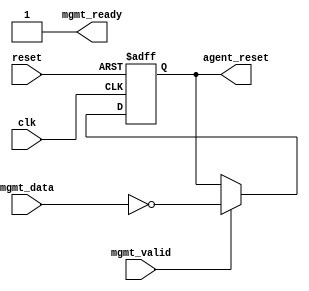
// (C) 2001-2018 Intel Corporation. All rights reserved.
// Your use of Intel Corporation's design tools, logic functions and other 
// software and tools, and its AMPP partner logic functions, and any output 
// files from any of the foregoing (including device programming or simulation 
// files), and any associated documentation or information are expressly subject 
// to the terms and conditions of the Intel Program License Subscription 
// Agreement, Intel FPGA IP License Agreement, or other applicable 
// license agreement, including, without limitation, that your use is for the 
// sole purpose of programming logic devices manufactured by Intel and sold by 
// Intel or its authorized distributors.  Please refer to the applicable 
// agreement for further details.


module altera_mgmt_reset (
   input        clk,
   input        reset,
   input        mgmt_data,
   input        mgmt_valid,
   output       mgmt_ready,
   output  reg  agent_reset
   );

//reset (the input) forces agent_reset active (high) immediately
//system console strobes 1 (data & valid both 1) to enable reset
//or strobes 0 (data=0, valid=1) to hold agent in reset
//assume data and valid synchronous to clk

   always @(posedge clk or posedge reset) begin
      if      (reset)      agent_reset <= 1'b1;
      else if (mgmt_valid) agent_reset <= ~mgmt_data;
   end 

assign mgmt_ready = 1'b1;

endmodule